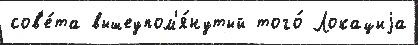
сов'е́та вышеупом'я́нутый того́ Локациjа